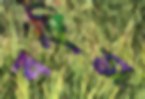
বহিস